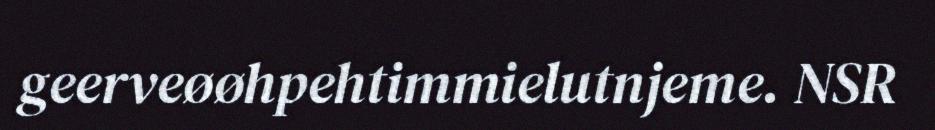
geerveøøhpehtimmielutnjeme. NSR